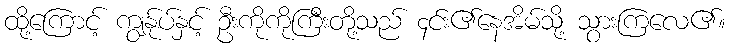
ထို့ကြောင့် ကျွန်ုပ်နှင့် ဦးကိုကိုကြီးတို့သည် ၄င်း၏နေအိမ်သို့ သွားကြလေ၏။